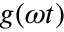
g ( \omega t )